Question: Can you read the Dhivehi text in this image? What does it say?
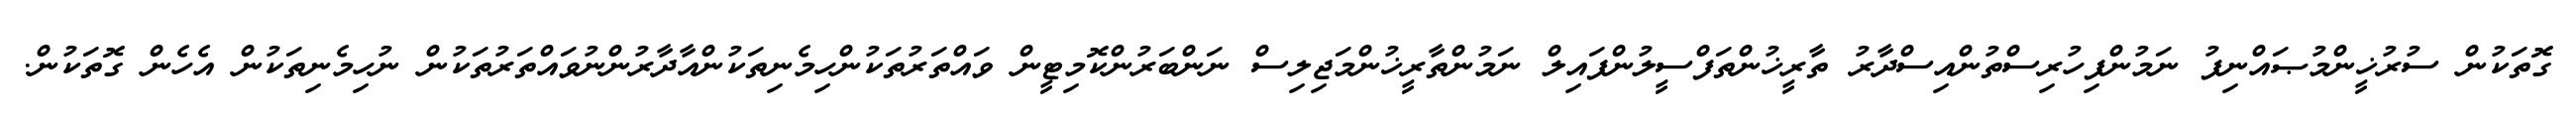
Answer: ގޮތަކުން ސުރުޚީންމުޞައްނިފު ނަމުންފިހުރިސްތުންއިސްދާރު ތާރީޚުންތަފްސީލުންފައިލް ނަމުންތާރީޚުންމަޖިލިސް ނަންބަރުންކޮމިޓީން ވައްތަރުތަކުންހިމެނިތަކުންއާދާރުންނުވައްތަރުތަކުން ނުހިމެނިތަކުން އެހެން ގޮތަކުން.